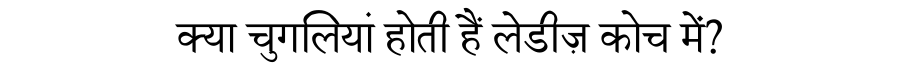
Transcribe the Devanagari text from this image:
क्या चुगलियां होती हैं लेडीज़ कोच में?